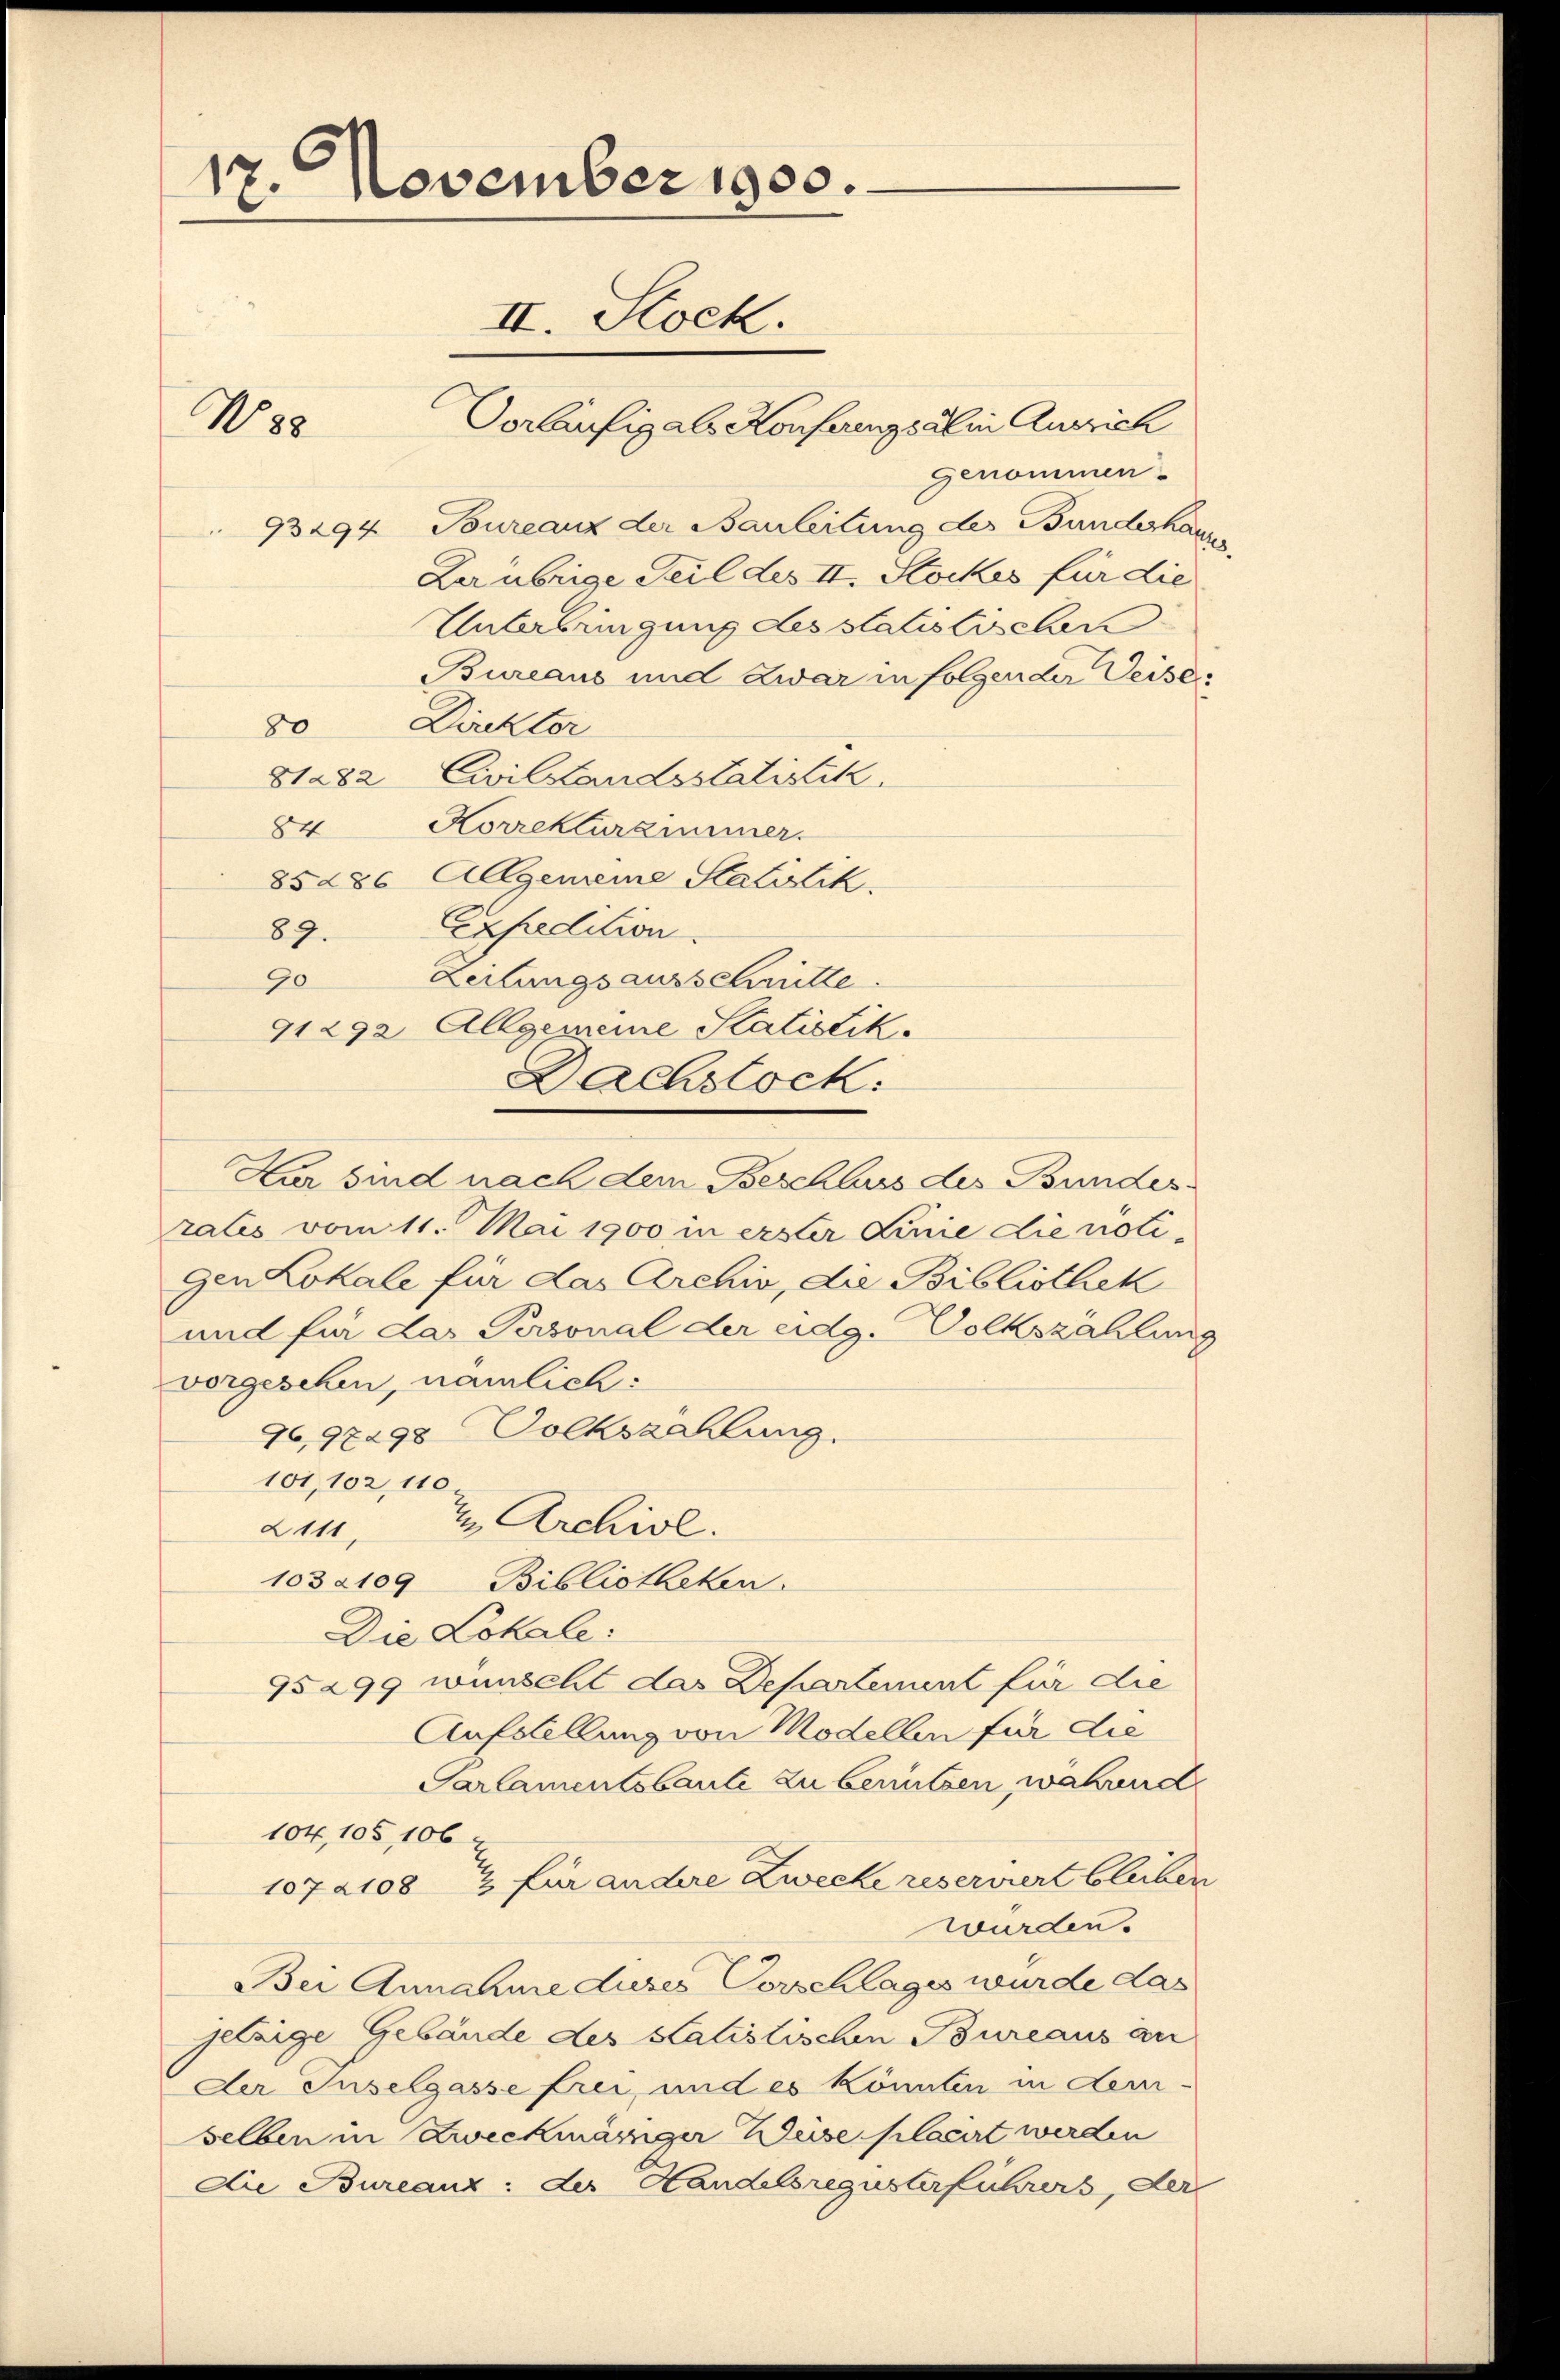
17. November 1900.
II. Stock.

genommen-
93294 Toureauz der Bauleitung des Bundeshaup
Der übrige Teil des II. Stockes für die
Unterbringung des statistischen
Bureaus und Zwar in folgender Weise
Dirckter
80
81282 Civilstandsstatistik.
Korrekturzimmer.
84
85286 Allgemeine Statistik.
Expedition
89.
Zeitungsausschritte
90
91292 Allgemeine Statistik.
Hur sind nach dem Beschlus des Bundesratis vom 11. Mai 1900 in erster Linie die notigen Lokale für das Archiv, die Bibliothek
und für das Personal der eidg. Volkszählung
vorgesehen, nämlich:
76,98498 Volkszahlung.
101, 102, 110
2 Archivl.
211.
1032109 Bibliotheken.
Die Lokale:
75299 wünscht das Departement für die
Aufstellung von Modellen für die
Parlamentsbaute zu benutzen, während
104,105, 106
10721082 für andere Zwecke reserviert bleiben
wurden.
Bei Annahme duses Vorschlages wurde das
jetzige Gebäude des Statistischen Bureaus an
Der Inselgasse frei, und es könnten in dem-
selben in Zweckmäsiger Weise placirt werden
Die Bureanz: der Handelsregisterführers, der

N88

Vorläufig als Konferings alin Ausrich

Dachstock: